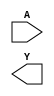
module sky130_fd_sc_ms__clkdlyinv3sd3 (
    //# {{data|Data Signals}}
    input  A,
    output Y
);

    // Voltage supply signals
    supply1 VPWR;
    supply0 VGND;
    supply1 VPB ;
    supply0 VNB ;

endmodule